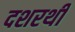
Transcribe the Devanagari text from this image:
दशरथी